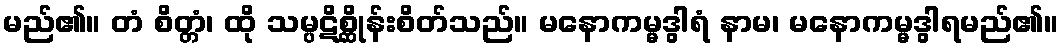
မည်၏။ တံ စိတ္တံ၊ ထို သမ္ပဋိစ္ဆိုန်းစိတ်သည်။ မနောကမ္မဒွါရံ နာမ၊ မနောကမ္မဒွါရမည်၏။